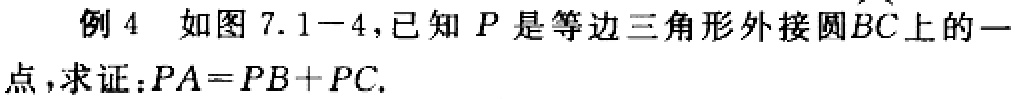
例 4 如图 7.1-4，已知 \(P\) 是等边三角形外接圆\(\overset{\frown}{BC}\)上的一点，求证：\(PA = PB + PC\).